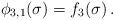
LaTeX: \begin{align*}\phi_{3,1}(\sigma) = f_3(\sigma)\,.\end{align*}